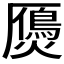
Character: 𤑤